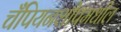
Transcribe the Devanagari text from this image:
चँपियनशीपमधील